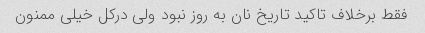
فقط برخلاف تاکید تاریخ نان به روز نبود ولی درکل خیلی ممنون